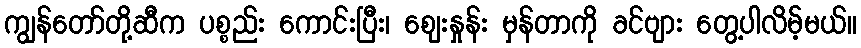
ကျွန်တော်တို့ဆီက ပစ္စည်း ကောင်းပြီး၊ ဈေးနှုန်း မှန်တာကို ခင်ဗျား တွေ့ပါလိမ့်မယ်။